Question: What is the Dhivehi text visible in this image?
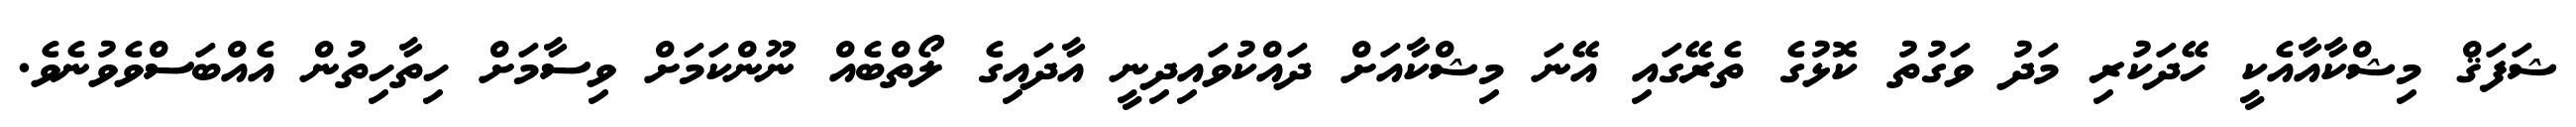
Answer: ޝަފަޤް މިޝްކާއާއެކީ ހޭދަކުރި މަދު ވަގުތު ކޮޅުގެ ތެރޭގައި އޭނަ މިޝްކާއަށް ދައްކުވައިދިނީ އާދައިގެ ލޯތްބެއް ނޫންކަމަށް ވިސާމަށް ހިތާހިތުން އެއްބަސްވެވުނެވެ.